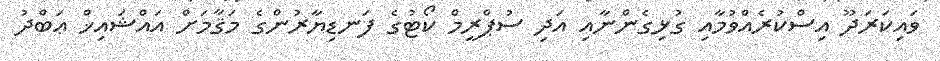
ވައިކަރަދޫ އިސްކުރެއްވުމާއި ގުޅިގެންނާއި އަދި ސުޕްރީމް ކޯޓުގެ ފަނޑިޔާރުންގެ މަޤާމަށް އައްޝައިޚް ޢަބްދު